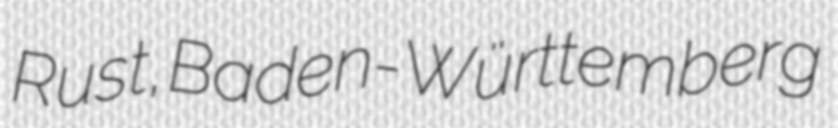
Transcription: Rust, Baden-Württemberg